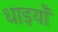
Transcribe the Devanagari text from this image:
धाइयाँ